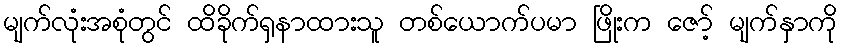
မျက်လုံးအစုံတွင် ထိခိုက်ရှနာထားသူ တစ်ယောက်ပမာ ဖြိုးက ဇော့် မျက်နှာကို